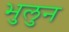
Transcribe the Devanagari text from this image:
भुलुन